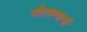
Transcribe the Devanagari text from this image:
गौरवण्याची